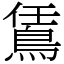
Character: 鵀